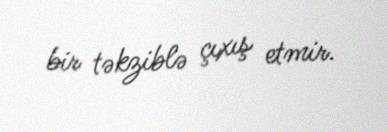
bir təkziblə çıxış etmir.